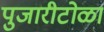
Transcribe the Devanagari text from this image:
पुजारीटोळा